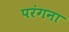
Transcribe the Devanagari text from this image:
परंगना